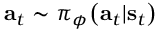
\mathbf { a } _ { t } \sim \pi _ { \phi } \big ( \mathbf { a } _ { t } | \mathbf { s } _ { t } \big )